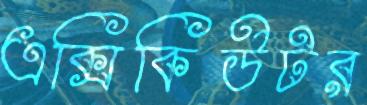
এক্সিকিউটর